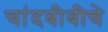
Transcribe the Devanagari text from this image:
चांदबीबीचे